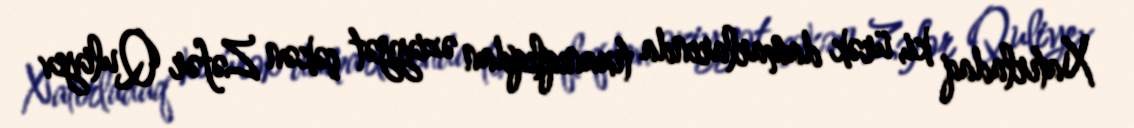
Xatırladaq ki, ürək damarlarında tıxanıqlıqdan əziyyət çəkən Zəfər Quliyev